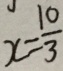
x = \frac { 1 0 } { 3 }